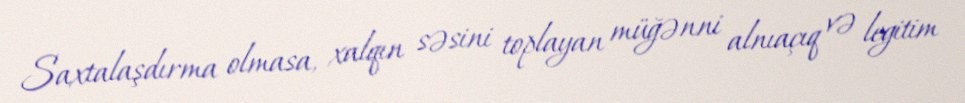
Saxtalaşdırma olmasa, xalqın səsini toplayan müğənni alnıaçıq və legitim